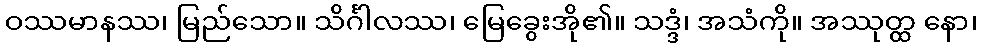
ဝဿမာနဿ၊ မြည်သော။ သိင်္ဂါလဿ၊ မြေခွေးအို၏။ သဒ္ဒံ၊ အသံကို။ အဿုတ္ထ နော၊